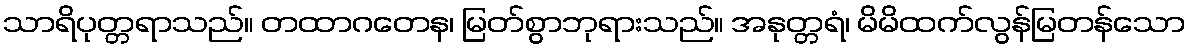
သာရိပုတ္တရာသည်။ တထာဂတေန၊ မြတ်စွာဘုရားသည်။ အနုတ္တရံ၊ မိမိထက်လွန်မြတန်သော